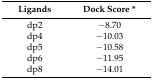
<table><thead><tr><td><b>Ligands</b></td><td><b>Dock Score *</b></td></tr></thead><tbody><tr><td>dp2</td><td>−8.70</td></tr><tr><td>dp4</td><td>−10.03</td></tr><tr><td>dp5</td><td>−10.58</td></tr><tr><td>dp6</td><td>−11.95</td></tr><tr><td>dp8</td><td>−14.01</td></tr></tbody></table>